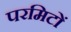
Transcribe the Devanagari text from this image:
परमिटों